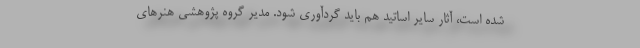
شده است، آثار سایر اساتید هم باید گردآوری شود. مدیر گروه پژوهشی هنرهای